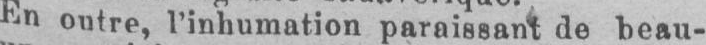
En outre, l’inhumation paraissant de beau-